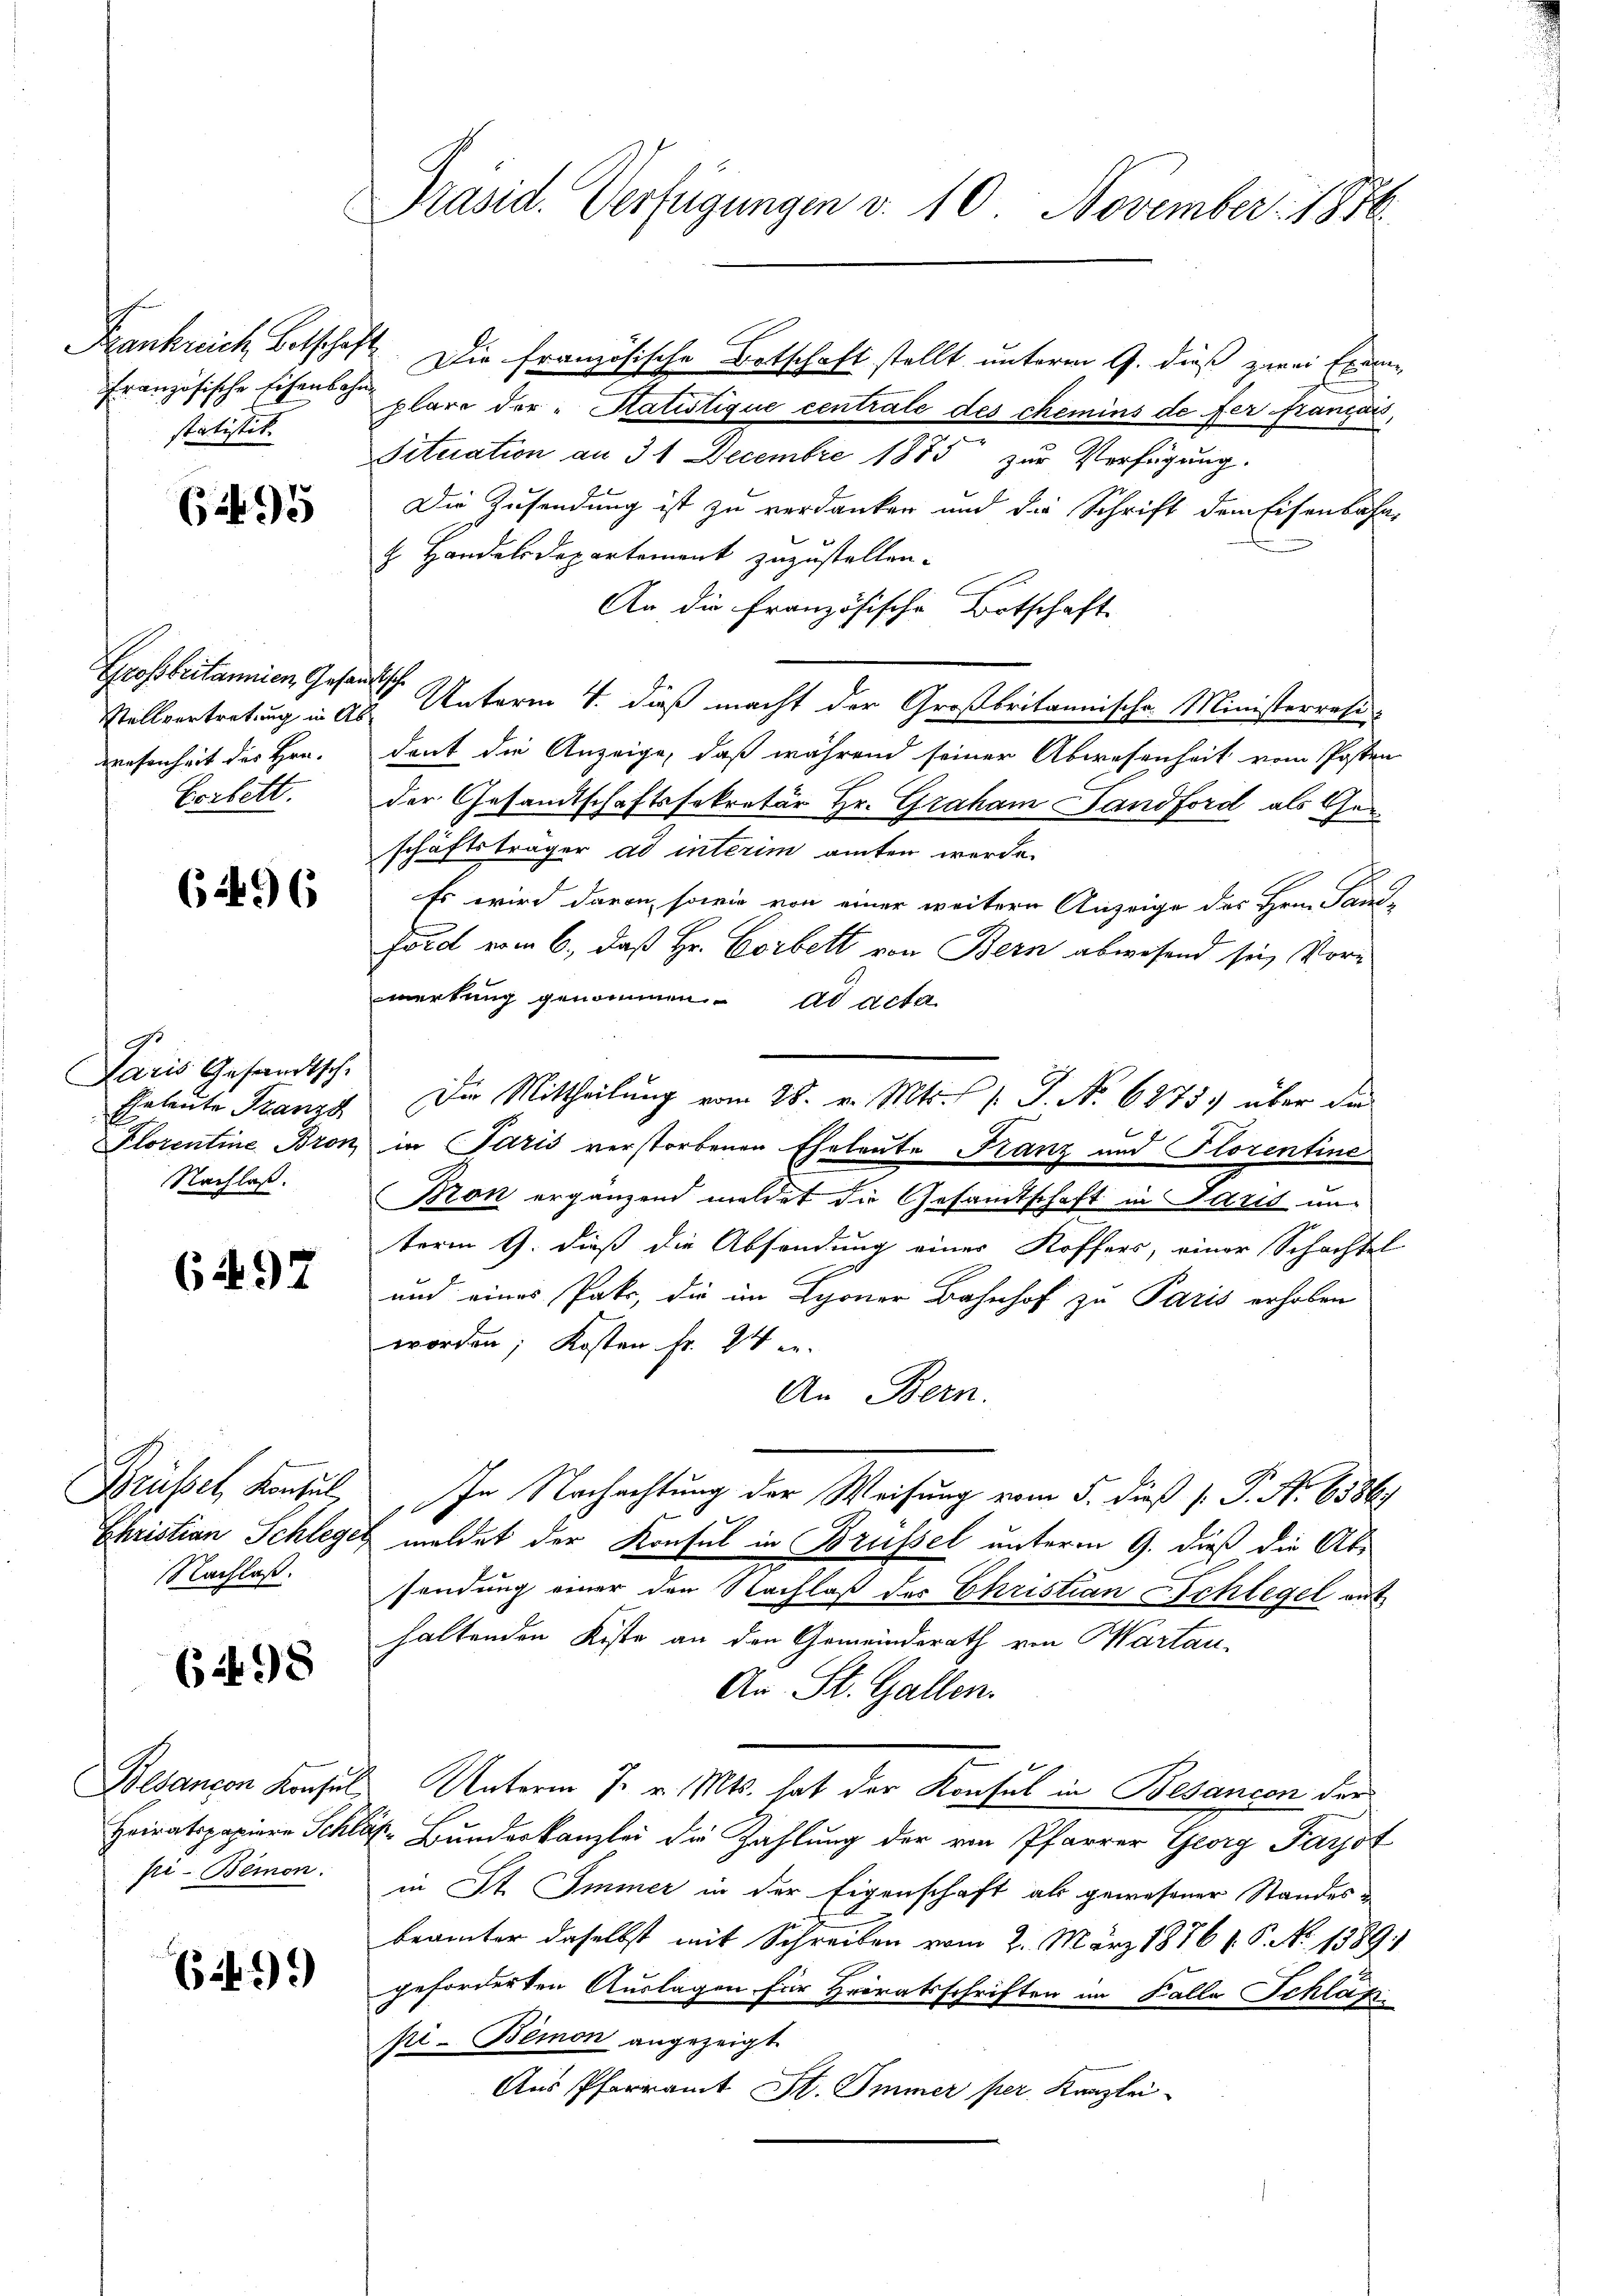
Französische Eisenbahn
statistik.

695

Großbritannien, Gesan
Stellvertretung in Abwesenheit des Hrn.
Corlett.

6496

Paris Gesandtsch
Eheleute Franzs
Nachlaß.

6497

Brüssel, Konsul
Nachlaß.

698

Besancen Konsul
pi-Bemon.

6.499)

Präsid. Verfügungen v. 10. November 1886

Frankreich Betschaft. Die französische Botschaft stellt unterm 9. dieß zwei Exemplare der „Hatistique centrale des chemins de fer franiers,
Situation an 31 Decembre 1885 zur Verfügung.
Die Zusendung ist zu verdanken und die Schrift dem Eisenbahn-
H. Handelsdepartement zuzustellen.
An die Französische Botschaft
ch Unterm 4. daß macht der Großbritannische Ministerrasi-
dont die Anzeige, daß während seiner Abwesenheit vom Posten
der Gesandtschaftssekretär Hr. Graham Handford als Geschäftsträger ad interim amten werde.
Es wird davon, sowie von einer weitere Anzeige des Hrn. Pandz
Förd vom 6., daß Hr. Corbett von Bern abwesend sie Vormerkung genommen. ad acta
Die Mittheilung vom 28. v. Mts. f. 1. P. Nr. 6875) über die
Florentine Bron in Paris verstorbenen Eheleute Franz und Florentine
Bron ergänzend meldet die Gesandtschaft in Juris unterm 9. dieß die Absendung einer Koffers, einer Schachtel
und eines Pake, die im Schöner Bahnhof zu Paris erhoben
worden; Kosten Fr. 94
An Bern.
In Nachachtung der Weisung vom 5. dieß P. P. Nr. 6586
Ehristian Schlegel meldet der Konsul in Brüssel unterm 9. dieß die Abs
sendung einer den Nachlaß der Christian Schlegel auf
haltenden Kiste an den Gemeinderath von Martau-
An St. Gallen.
& Unterm 7. v. Mts. hat der Konsul in Besancen der
Heiratspapiere Schläf- Bunderkanzlei die Zahlung der von Pfarrer Georg Farjot
in St. Immer in der Eigenschaft als gewesener Standes-
beämter daselbst mit Schreiben vom 2. März 1876 V. P. No 1389.)
geforderten Auslagen für Heiratsschriften im Falle Schläf
pi. Bemon angezeigt.
Aus Pfarramt St. Immer per Kanzlei-